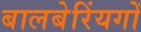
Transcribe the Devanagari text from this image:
बालबेरिंयगों